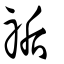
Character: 𥙐